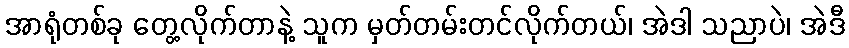
အာရုံတစ်ခု တွေ့လိုက်တာနဲ့ သူက မှတ်တမ်းတင်လိုက်တယ်၊ အဲဒါ သညာပဲ၊ အဲဒီ